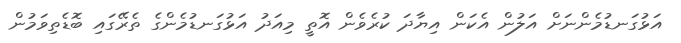
އަޅުގަނޑުމެންނަށް އަލުން އެކަން އިޔާދަ ކުރެވެން އޮތީ މިއަދު އަޅުގަނޑުމެންގެ ތެރޭގައި ބޮޑެތިވަމުން